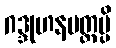
ဂဒ္ဒုဟနမတ္တမ္ပိ